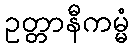
ဥတ္တာနီကမ္မံ